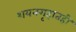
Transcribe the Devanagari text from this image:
शयनगृहातही